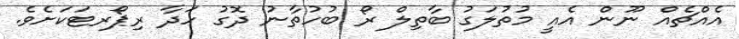
އެއްޗެއް ނޫން އެއީ މުތުލަގު ބާތިލް ރޯ ބުހުތާނު ދޮގު ހަދާ ރިޕޯރޓަކަށެވެ.